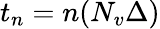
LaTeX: t_{n}=n(N_{v}\Delta)